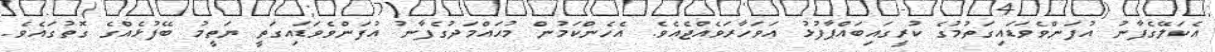
އެކަލޭގެފާނު އުފަންވެވަޑައިގަތުމުގެ ކުރީގައިބައްޕާފުޅު އަވަހާރަވެއްޖެއެވެ. އެހެންކަމުން މުޙައްމަދުގެފާނު އުފަންވެވަޑައިގަތީ ޔަތީމު ބޭފުޅެއްގެ ގޮތުގައެވެ.